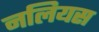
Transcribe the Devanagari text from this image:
नलियस